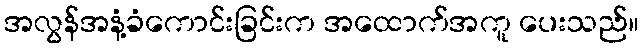
အလွန်အနံ့ခံကောင်းခြင်းက အထောက်အကူ ပေးသည်။